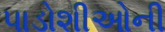
પાડોશીઓની